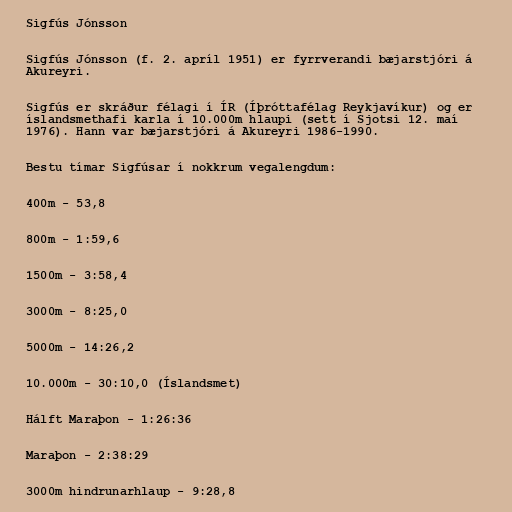
Sigfús Jónsson

Sigfús Jónsson (f. 2. apríl 1951) er fyrrverandi bæjarstjóri á
Akureyri.

Sigfús er skráður félagi í ÍR (Íþróttafélag Reykjavíkur) og er
íslandsmethafi karla í 10.000m hlaupi (sett í Sjotsi 12. maí
1976). Hann var bæjarstjóri á Akureyri 1986-1990.

Bestu tímar Sigfúsar í nokkrum vegalengdum:

400m - 53,8

800m - 1:59,6

1500m - 3:58,4

3000m - 8:25,0

5000m - 14:26,2

10.000m - 30:10,0 (Íslandsmet)

Hálft Maraþon - 1:26:36

Maraþon - 2:38:29

3000m hindrunarhlaup - 9:28,8